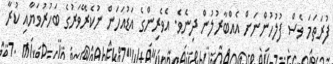
ފުރަތަމަ ވެސް ފުލުހުންނަށް އެއްބާރުލުން ދިނެވެ. އެވެރިންގެ އަޑުއަހަން ނުކެރޭވަރުގެ ބަހުރުވަޔާއި ކުރާ